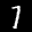
Label: 7